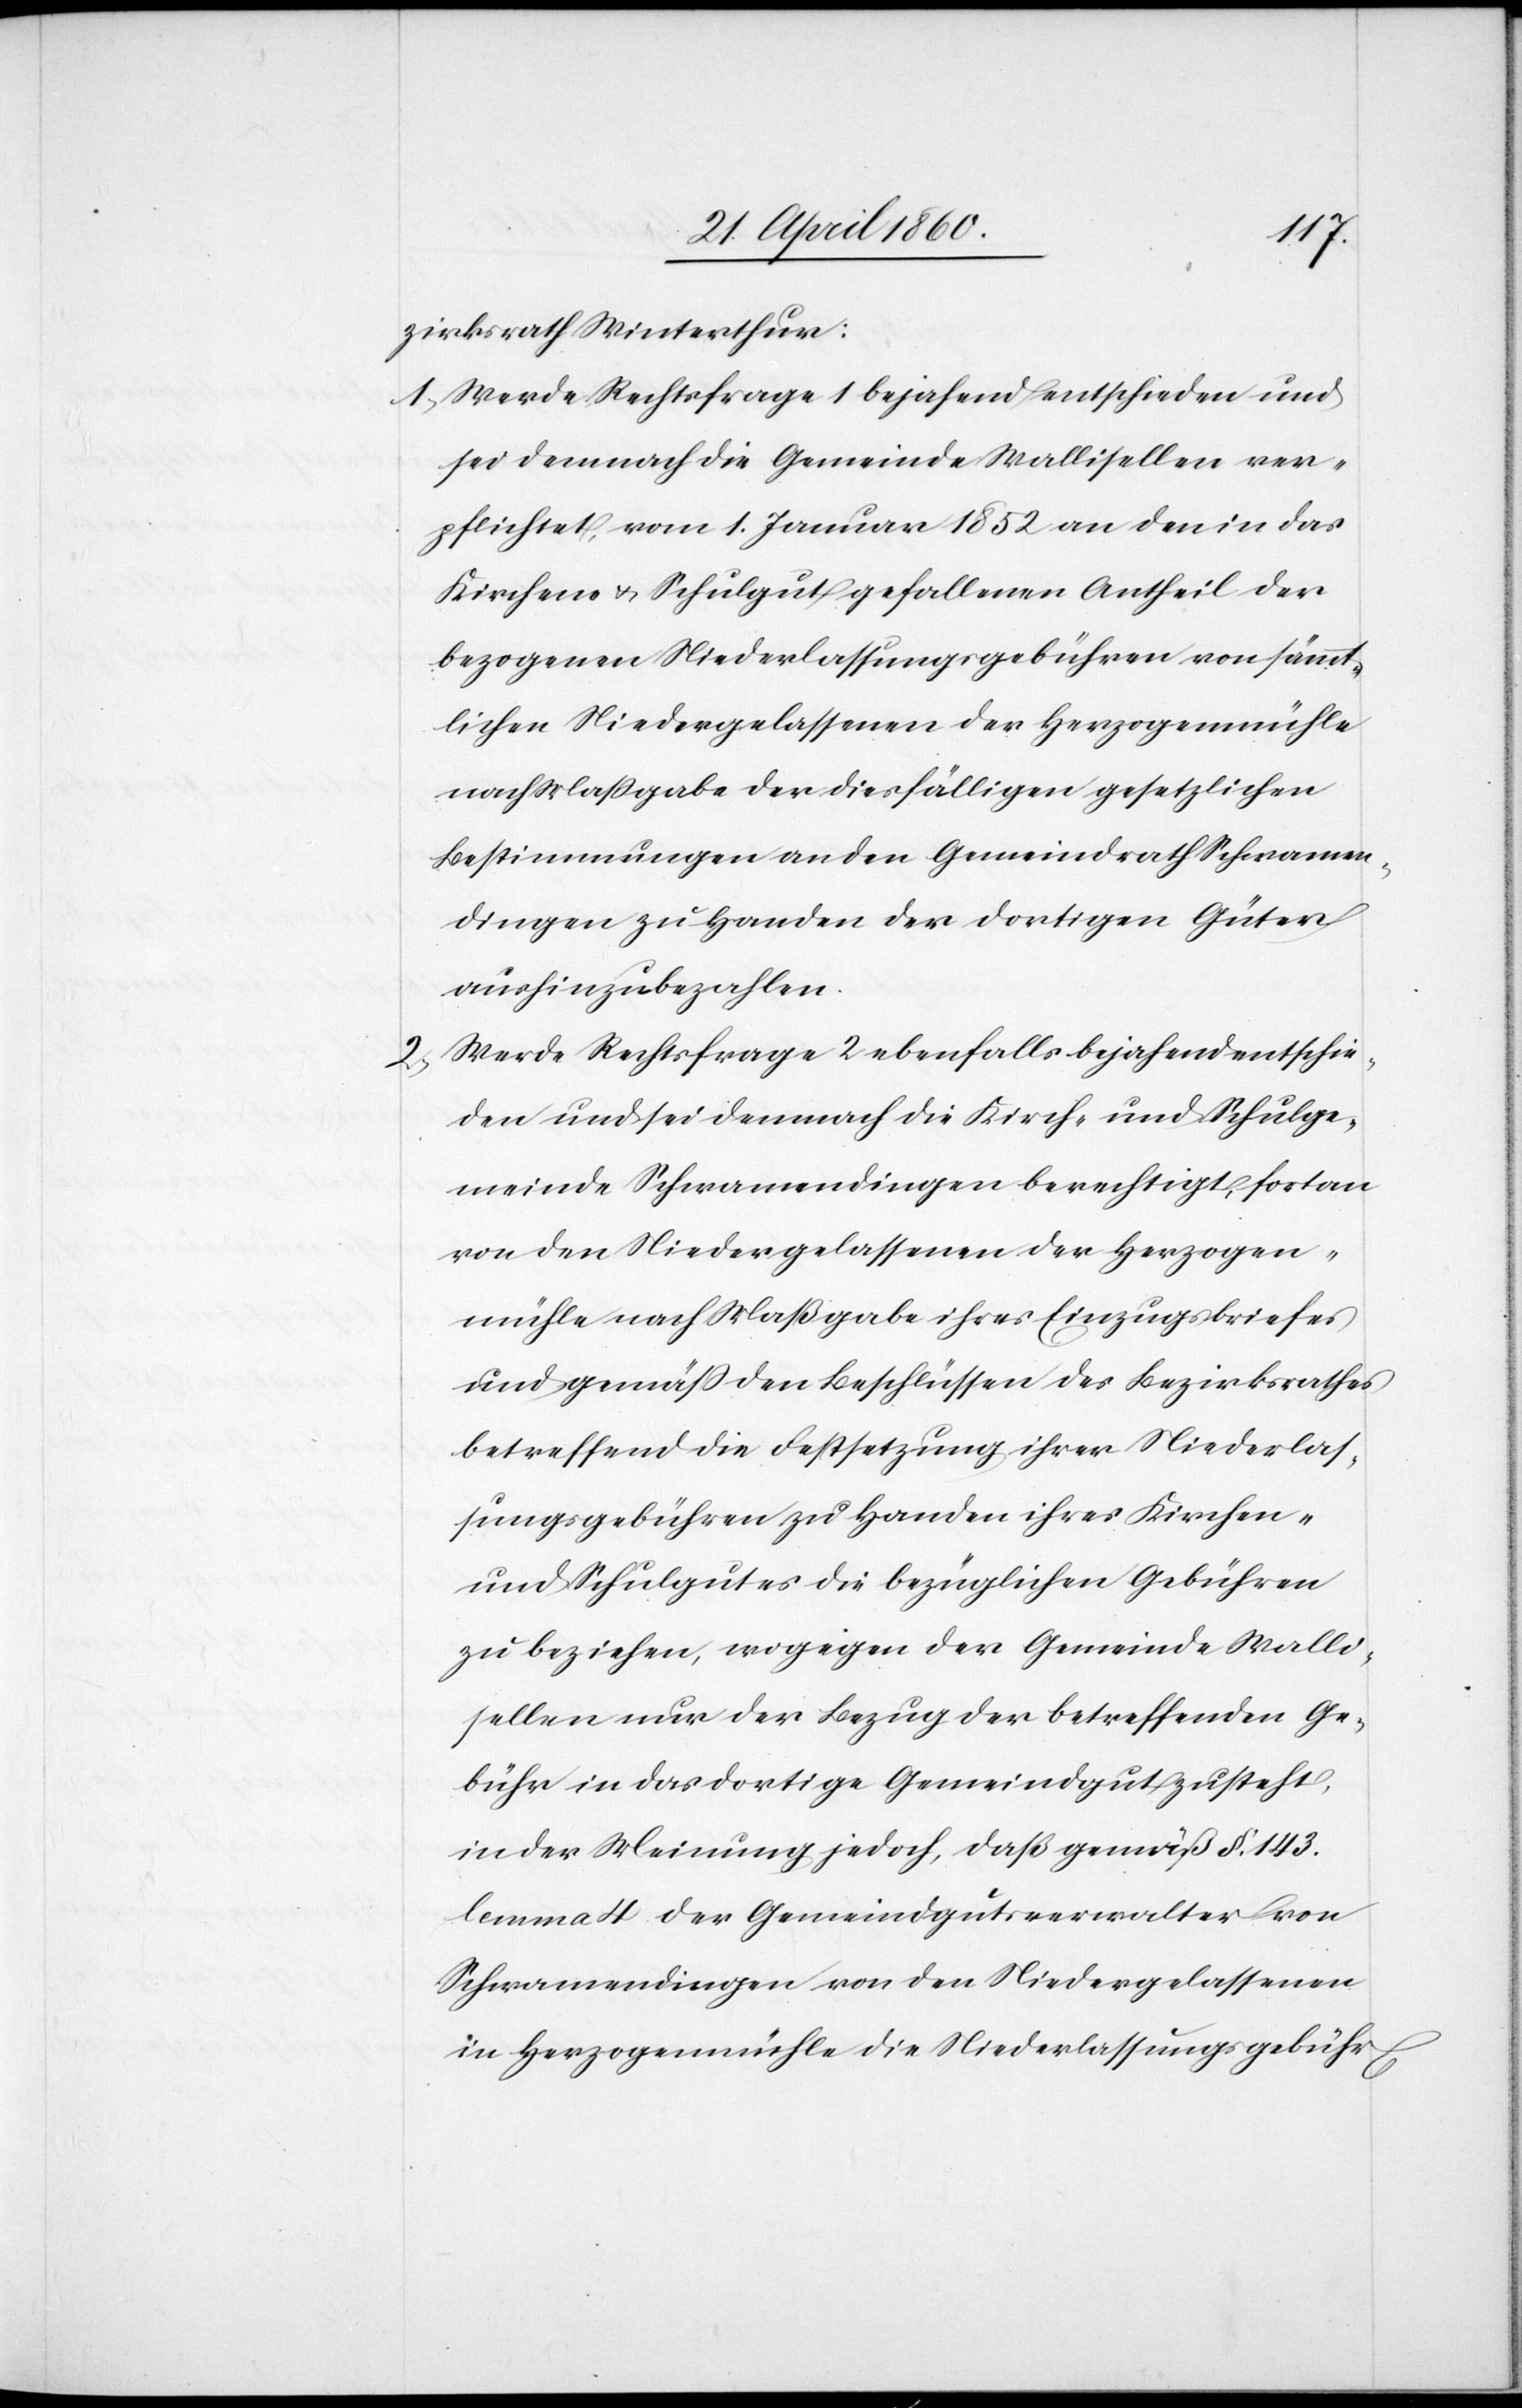
2.

zirksrath Winterthur:
1. Werde Rechtsfrage 1 bejahend entschieden und
sei demnach die Gemeinde Wallisellen ver¬
pflichtet, vom 1. Januar 1852 an den in das
Kirchen- u. Schulgut gefallenen Antheil der
bezogenen Niederlassungsgebühren von sämt¬
lichen Niedergelassenen der Herzogenmühle
nach Maßgabe der diesfälligen gesetzlichen
Bestimmungen an den Gemeindrath Schwammen¬
dingen zu Handen der dortigen Güter
aushinzubezahlen.
Werde Rechtsfrage 2 ebenfalls bejahend entschie¬
den und sei demnach die Kirch- und Schulge¬
meinde Schwammendingen berechtigt, fortan
von den Niedergelassenen der Herzogen¬
mühle nach Maßgabe ihres Einzugsbriefes
und gemäss den Beschlüssen des Bezirksrathes
betreffend die Festsetzung ihrer Niederlas¬
sungsgebühren zu Handen ihres Kirchen-
und Schulgutes die bezüglichen Gebühren
zu beziehen, wogegen der Gemeinde Walli¬
sellen nur der Bezug der betreffenden Ge¬
bühr in das dortige Gemeindgut zusteht,
in der Meinung jedoch, dass gemäss §. 143.
lemma 4 der Gemeindgutverwalter von
Schwammendingen von den Niedergelassenen
in Herzogenmühle die Niederlassungsgebühr[en]